Pusta,_Kaarel_Robert, lk 18
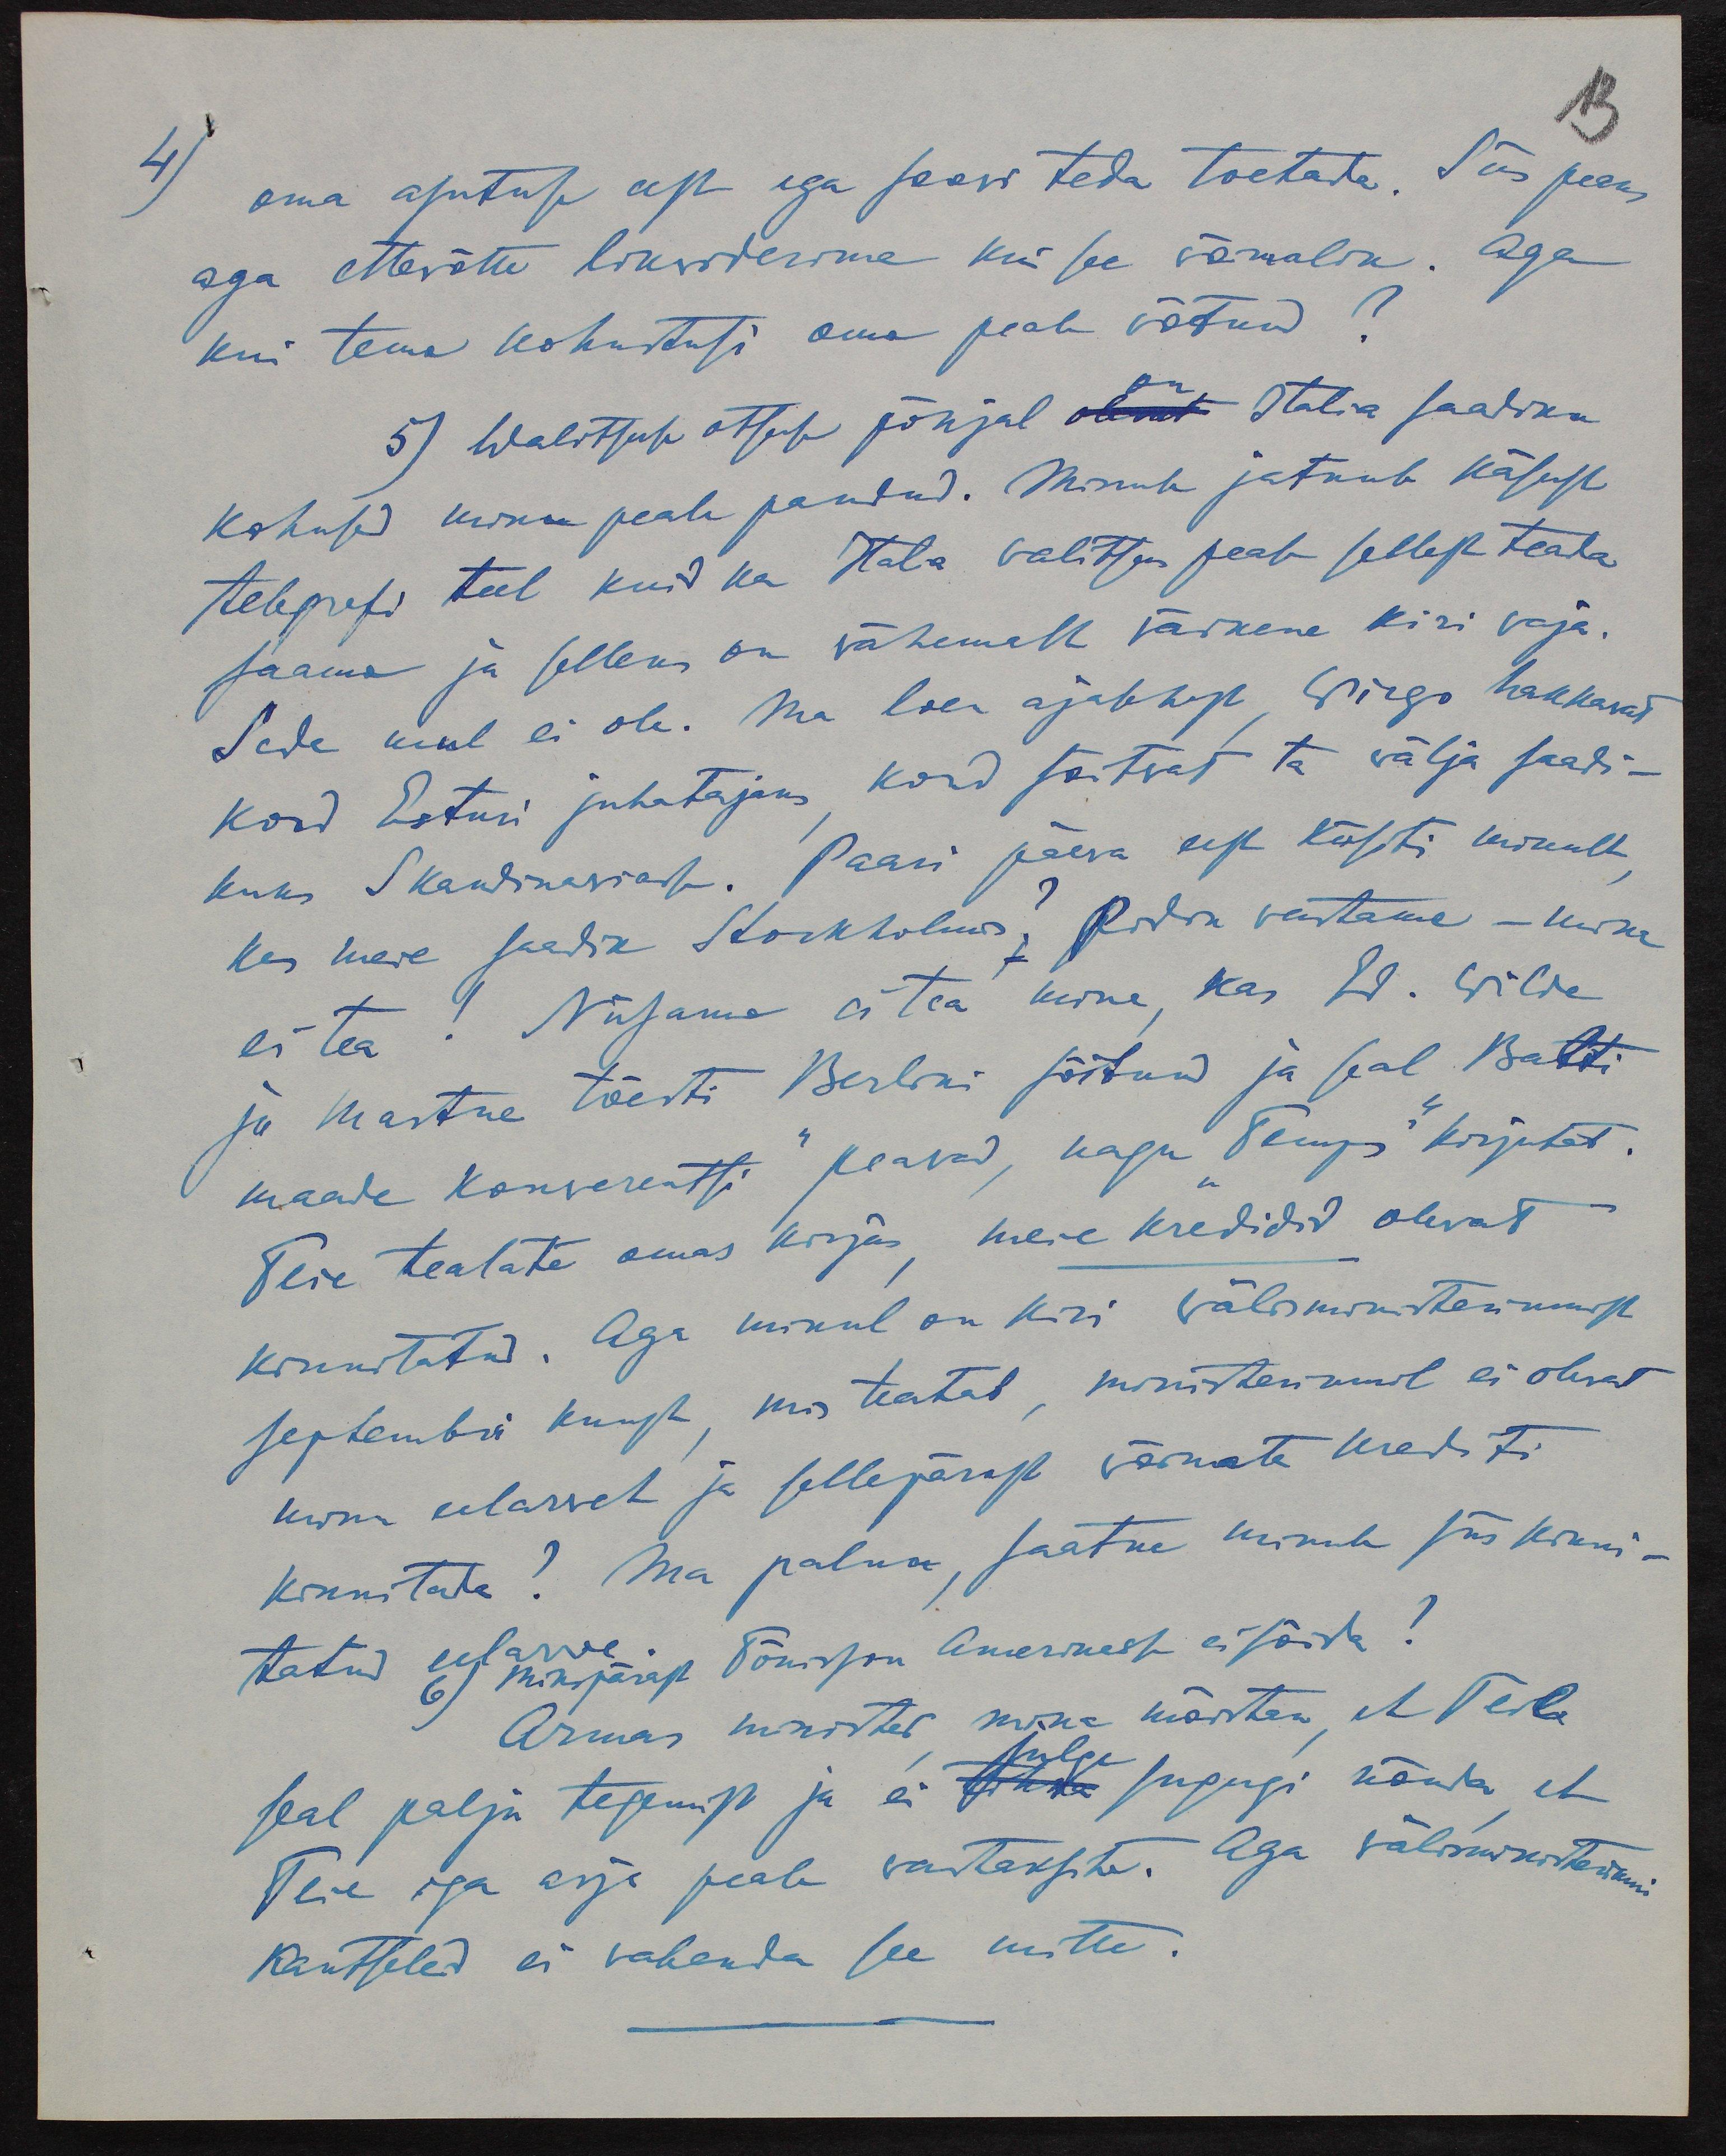
13

4)
oma asutuse eest ega soovi teda toetata. Siis peaks,
aga ettewõtte likviderima kui see võimalik. Aga
kui tema kohustusi oma peale võtnud?
5) Walitsuse otsuse põhjal on Italia saadiku
kohused minu peale pandud. Minule jatkub käsust
telegrafi teel kuid ka Italia valitsus peab sellest teada
saama ja selleks on vähemalt väikene kiri vaja.
Seda mul ei ole. Ma loen ajalehest, Wirgo hakkavat
kord Esturi juhatajaks kord sõitvat ta välja saadi-
kuks Skandinaaviasse. Paari päeva eest küsti minult
kes meie saadik Stockholmis? Pidin vastama - mina
ei tea! Niisama ei tea mina, kas Ed. Wilde
ja Martna tõesti Berlini sõitnud ja seal Balti
maade konverentsi peavad, nagu "Temps" kirjutab.
Teie teatate omas kirjas, meie kredidid olevat
kinnitatud. Aga minul on kiri välisministeeriumist
septembri kuust, mis teatab, ministseeriumil ei olevat
minu eelarvet ja sellepärast võimata krediti
kinnitada? Ma palun, saatke minule siis kinni-
tatud eelarve.
6) Mikspärast Tõnisson Amerikasse ei sõida?
Armas minister mina mõistan, et Teil
julge
seal palju tegemist ja ei sugugi nõuda et
Teie iga asja peale vastaksite. Aga välisministeriumi
Kantseleid ei vabanda see mitte.